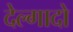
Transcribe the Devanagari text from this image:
देल्गादो